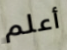
أعلم